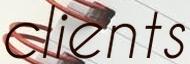
clients